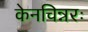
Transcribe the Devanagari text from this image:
केनचिन्नरः